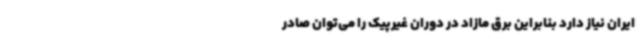
ایران نیاز دارد بنابراین برق مازاد در دوران غیرپیک را می‌توان صادر